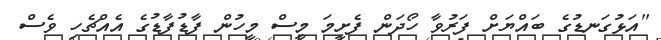
"އަޅުގަނޑުގެ ބައްޔަށް ފަރުވާ ހޯދަން ފެށީމަ މީސް މީހުން ފާޑުފާޑުގެ އެއްޗެހި ވެސް